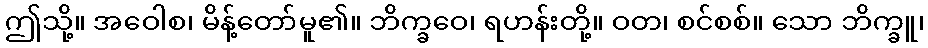
ဤသို့။ အဝေါစ၊ မိန့်တော်မူ၏။ ဘိက္ခဝေ၊ ရဟန်းတို့။ ဝတ၊ စင်စစ်။ သော ဘိက္ခူ၊